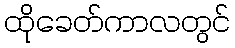
ထိုခေတ်ကာလတွင်